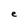
Character: e